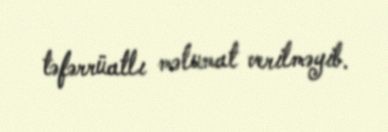
təfərrüatlı məlumat verilməyib.